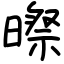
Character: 暩